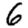
Digit: 6